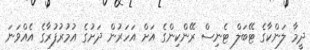
ދީމާ ލަންކާގެ ޓޭބަލް ޓެނިސް ރޭންކިންގެ އަށް އަހަރުން ދަށުގެ އުމުރުފުރާގެ އެއްވަނަ